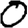
Digit: 0